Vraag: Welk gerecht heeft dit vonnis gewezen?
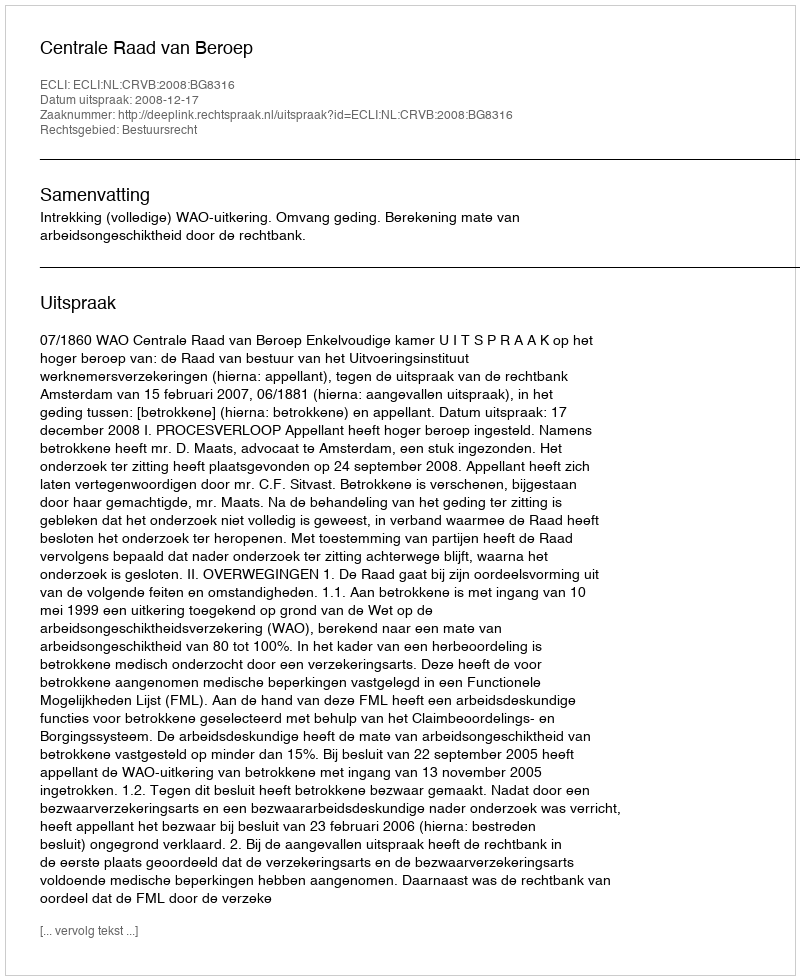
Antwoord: Centrale Raad van Beroep